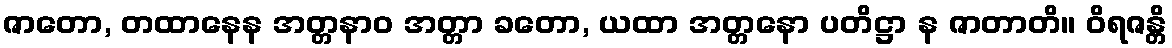
ဇာတော, တထာနေန အတ္တနာဝ အတ္တာ ခတော, ယထာ အတ္တနော ပတိဋ္ဌာ န ဇာတာတိ။ ဝိရဇန္တိ